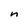
Character: n